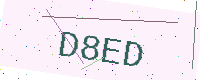
Text: D8ED